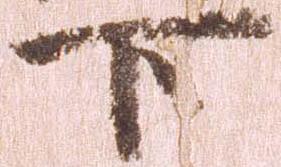
下